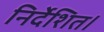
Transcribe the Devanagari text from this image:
निर्देशित।